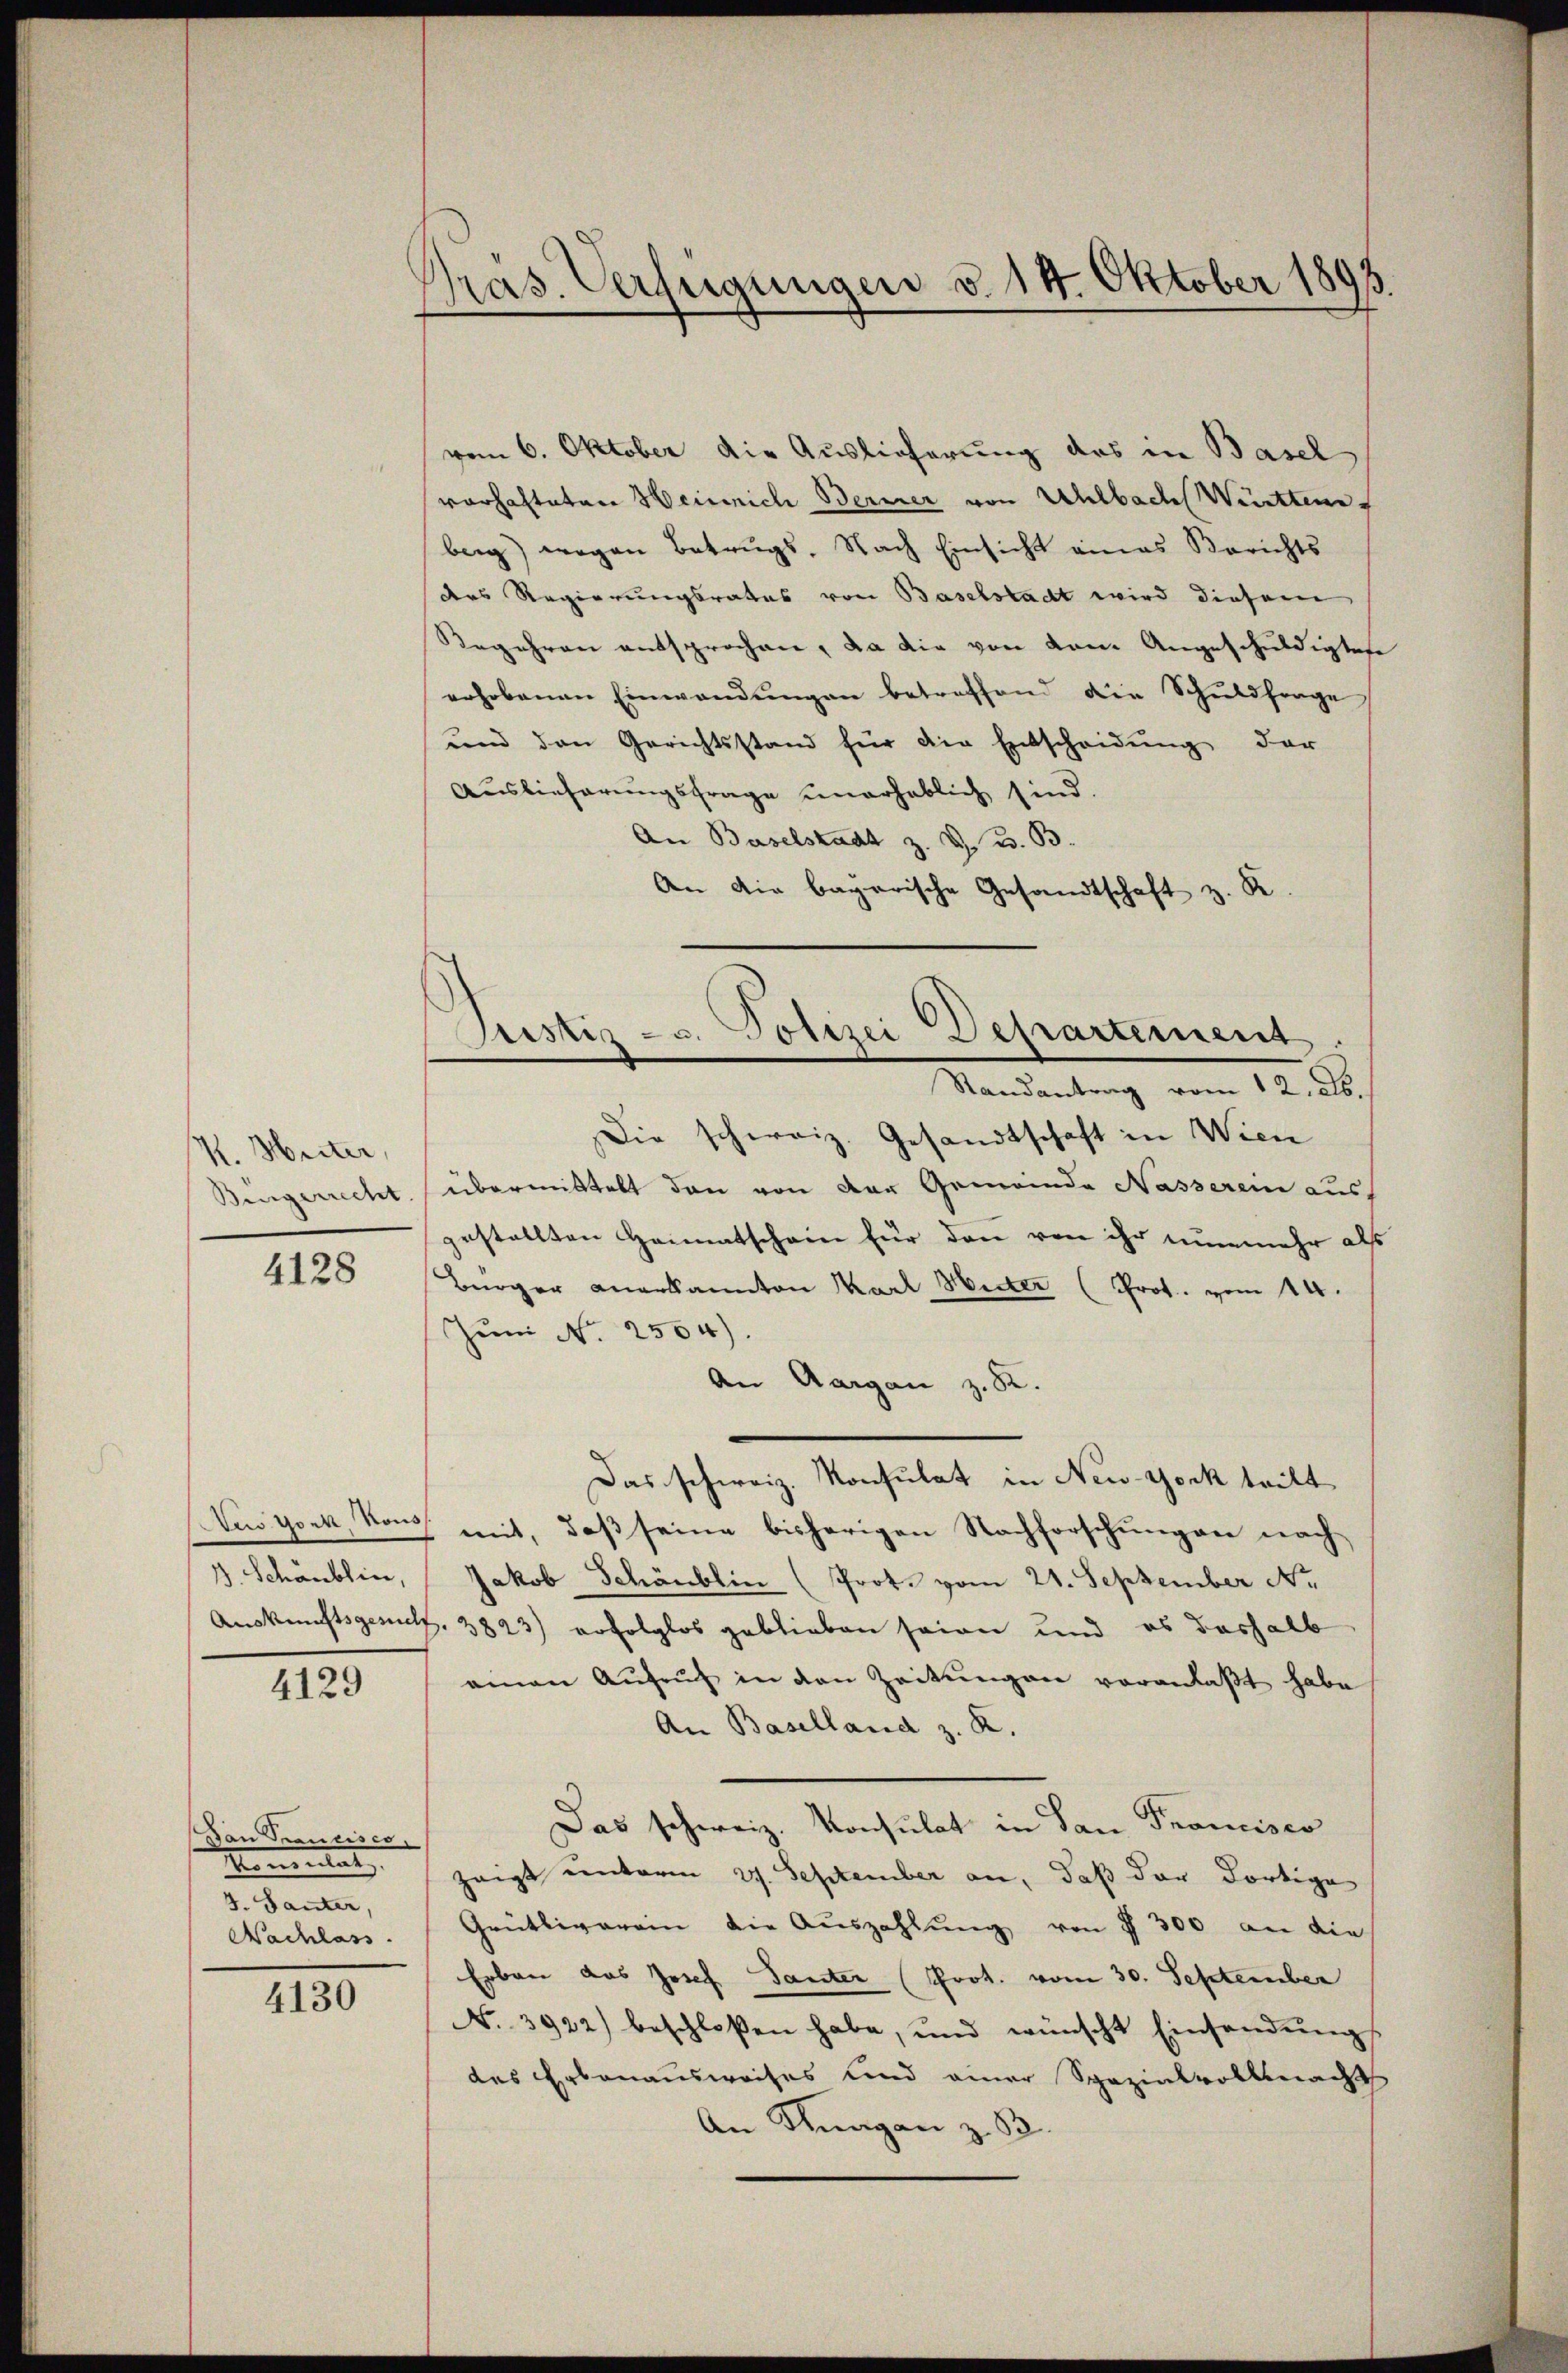
H. Heiter,
Bingerrecht.

4128

Auw York, Rouss
3. Schönblin,
Auskunftsgesucht

4129

Von Tranciscr
Momentat
3. Tanter,
Nachlass.

4130

Präs. Verfügungen d. 14. Oktober 1893.

vom 6. Oktober die Auslieferung des in Basel
vorhafteten Heinrich Berner von Uhlbach Württemberg) wegen Betrugs. Nach Einsicht eines Berichts
ders Regierungsrates von Baselstadt wird diesem
Regehren entsprochen, da die von vom Angeschuldigtete
erhobenen Einwandŭngen betreffend die Schŭldfrage
und den Gerichtsstand für die Entscheidŭng der
Auslieferungsfrage unerheblich sind.
An Baselstadt z. Z. W. B.
An die bayerische Gesandtschaft z. R.

Justiz- u. Polizei Departement.

Randantrag vom 12. d.
Die schweiz. Gesandtschaft in Wien
übermittelt dann von der Gemeinde Nasserem aus
gestellten Heimatschein für den von ihr nunmehr als
Bürger anerkannten Karl Winter (Prot. vom 14.
Juni No 2504).
An Aargau z. B.
Das schweiz. Konsulat in New-York tritt
mit, daß seine bisherigen Nachforschungen nach
Jakob Schönblin (Prot. vom 21. September Nr.
3823) erfolglos geblieben seien und es deshalb
ainen Aufruf in den Zeitŭngen veranlaßt habe
An Baselland z. R.
Das schweiz. Konsulat in San Froncisco
zeigt unterm 27. September an, daß der dortige
Grütliverein die Aŭszahlŭng von 7 300 an die
Erbau das Josef Tanter (Prot. vom 30. September
No. 3922) beschloßen habe, und wünscht Einsendŭngs
das Erbanausweises und einer Spezialvollmacht
An Knagan z. B.